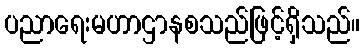
ပညာရေးမဟာဌာနစသည်ဖြင့်ရှိသည်။